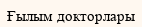
Ғылым докторлары